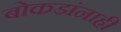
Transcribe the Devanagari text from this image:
बोकडांनाही